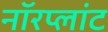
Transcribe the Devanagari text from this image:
नॉरप्लांट